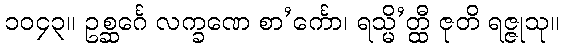
၁၀၄၃။ ဥစ္ဆင်္ဂေ လက္ခဏေ စာ’င်္ကော၊ ရသ္မိ’တ္ထီ ဇုတိ ရဇ္ဇုသု။